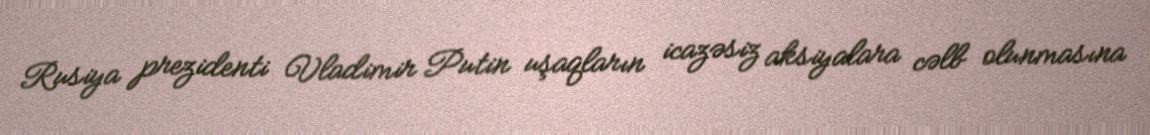
Rusiya prezidenti Vladimir Putin uşaqların icazəsiz aksiyalara cəlb olunmasına